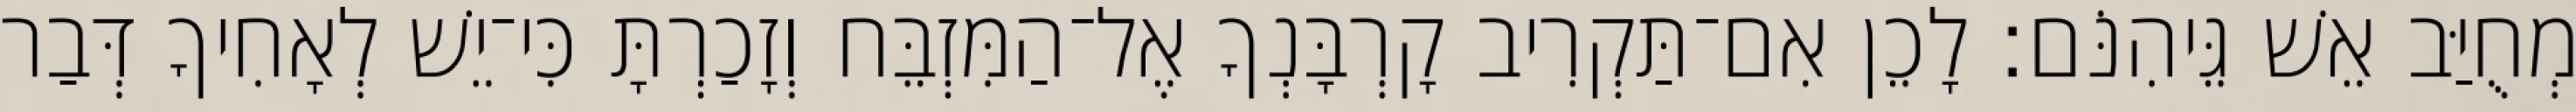
מְחֻיַּב אֵשׁ גֵּיהִנֹּם׃ לָכֵן אִם־תַּקְרִיב קָרְבָּנְךָ אֶל־הַמִּזְבֵּח וְזָכַרְתָּ כִּי־יֵשׁ לְאָחִיךָ דְּבַר